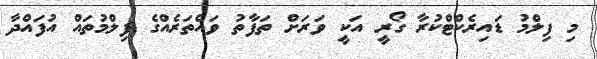
މި ފިލްމު ޑައިރެކްޓްކުރާ ގޯރީ އަކީ ވަރަށް ތަފާތު ވައްތަރެއްގެ ފިލްމުތައް އުފައްދާ